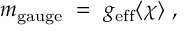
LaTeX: m _ { \mathrm { g a u g e } } ~ = ~ g _ { \mathrm { e f f } } \langle \chi \rangle ~ ,